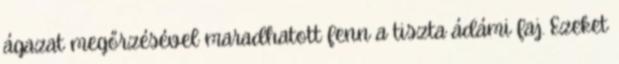
ágazat megőrzésével maradhatott fenn a tiszta ádámi faj. Ezeket